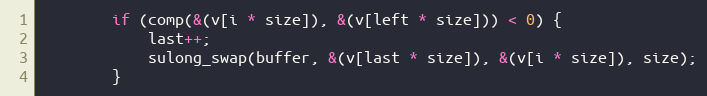
Language: C
        if (comp(&(v[i * size]), &(v[left * size])) < 0) {
            last++;
            sulong_swap(buffer, &(v[last * size]), &(v[i * size]), size);
        }